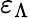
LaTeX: \varepsilon_{\Lambda}